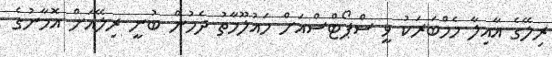
ރިލޭގެ އާއިލާ މެމްބަރަކު ވީ ސްޕޯޓްސްއަށް މައުލޫމާތު ދެމުން ބުނީ ރިލޭއަށް އޮމާނުގެ